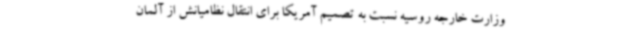
وزارت خارجه روسیه نسبت به تصمیم آمریکا برای انتقال نظامیانش از آلمان